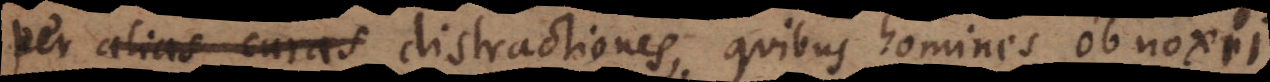
per alias curas distractiones, quibus homines obnoxii